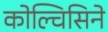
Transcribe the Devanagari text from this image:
कोल्चिसिने